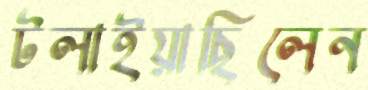
টলাইয়াছিলেন